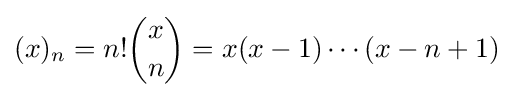
(x)_{n}=n!{\binom {x}{n}}=x(x-1)\cdots (x-n+1)